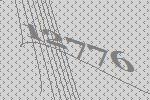
12776